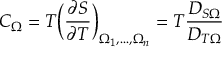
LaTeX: C _ { \Omega } = T \Big ( \frac { \partial S } { \partial T } \Big ) _ { \Omega _ { 1 } , . . . , \Omega _ { n } } = T \frac { D _ { S \Omega } } { D _ { T \Omega } }